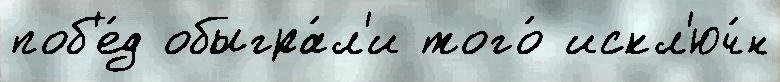
поб'е́д обыгра́л'и того́ искл'юч́н